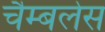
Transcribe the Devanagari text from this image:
चैम्बलेस